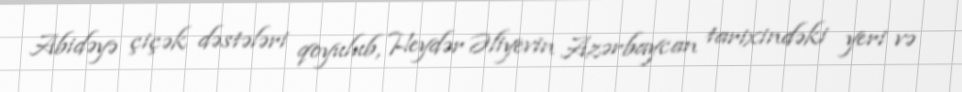
Abidəyə çiçək dəstələri qoyulub, Heydər Əliyevin Azərbaycan tarixindəki yeri və